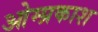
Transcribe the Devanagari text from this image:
ओम्प्रकाश